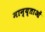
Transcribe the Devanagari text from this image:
मान्य्ताओं